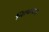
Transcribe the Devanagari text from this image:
नित्याचाच